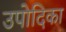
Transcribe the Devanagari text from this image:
उपोदिका